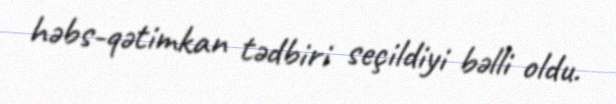
həbs-qətimkan tədbiri seçildiyi bəlli oldu.